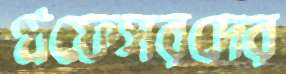
প্রফেসরদের